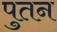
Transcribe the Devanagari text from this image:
पुतन